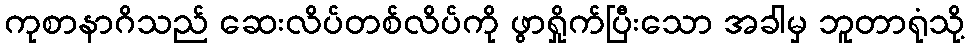
ကုစာနာဂိသည် ဆေးလိပ်တစ်လိပ်ကို ဖွာရှိုက်ပြီးသော အခါမှ ဘူတာရုံသို့